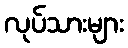
လုပ်သားများ